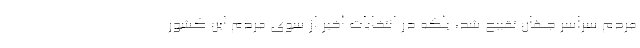
مردم سراسر جهان تقبیح شد، بلکه در انتخابات اخیر از سوی مردم این کشور